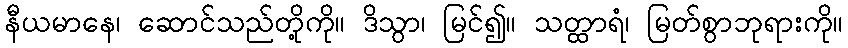
နီယမာနေ၊ ဆောင်သည်တို့ကို။ ဒိသွာ၊ မြင်၍။ သတ္ထာရံ၊ မြတ်စွာဘုရားကို။